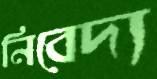
নিবেদ্য